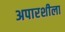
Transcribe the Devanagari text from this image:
अपारशीला